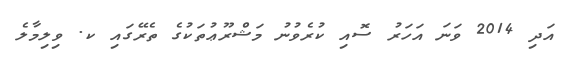
އަދި 2014 ވަނަ އަހަރު ސޮއި ކުރެވުނު މަޝްރޫޢުތަކުގެ ތެރޭގައި ކ. ވިލިމާލެ